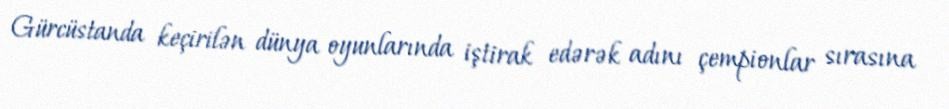
Gürcüstanda keçirilən dünya oyunlarında iştirak edərək adını çempionlar sırasına